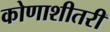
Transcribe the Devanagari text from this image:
कोणाशीतरी